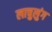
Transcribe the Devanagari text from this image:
लाचुलुंग